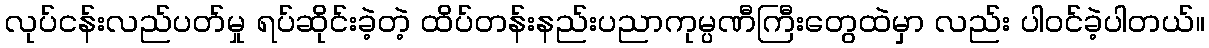
လုပ်ငန်းလည်ပတ်မှု ရပ်ဆိုင်းခဲ့တဲ့ ထိပ်တန်းနည်းပညာကုမ္ပဏီကြီးတွေထဲမှာ လည်း ပါဝင်ခဲ့ပါတယ်။